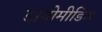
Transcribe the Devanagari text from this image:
डायोमीडिज